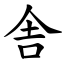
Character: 舎